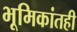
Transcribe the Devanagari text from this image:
भूमिकांतही